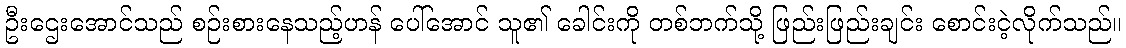
ဦးဌေးအောင်သည် စဉ်းစားနေသည့်ဟန် ပေါ်အောင် သူ၏ ခေါင်းကို တစ်ဘက်သို့ ဖြည်းဖြည်းချင်း စောင်းငဲ့လိုက်သည်။